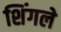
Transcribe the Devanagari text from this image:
शिंगले